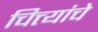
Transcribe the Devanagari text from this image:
चित्त्यांचे